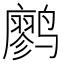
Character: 𫜆